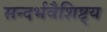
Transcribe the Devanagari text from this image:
सन्दर्भवैशिष्ट्य